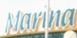
marina